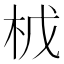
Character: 𭩤